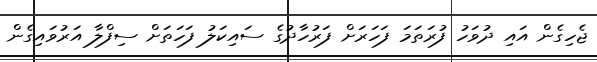
ޖެހިގެން އައި ދުވަހު ފުރަތަމަ ފަހަރަށް ފަރުހާދުގެ ސައިކަލު ފަހަތަށް ސިފްލާ އަރުވައިގެން